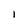
Character: I